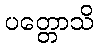
ပတ္တောသိ